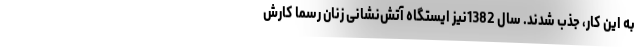
به این کار، جذب شدند. سال 1382نیز ایستگاه آتش‌نشانی زنان رسما کارش